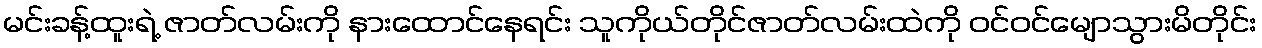
မင်းခန့်ထူးရဲ့ ဇာတ်လမ်းကို နားထောင်နေရင်း သူကိုယ်တိုင်ဇာတ်လမ်းထဲကို ဝင်ဝင်မျောသွားမိတိုင်း